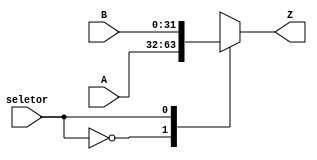
module Mux2_32bits(A,B,Z,seletor);

input [31:0] A,B;
input seletor;
output reg [31:0] Z;

always@(*)
	begin
		case(seletor)
			1'b0: Z=A;
			1'b1: Z=B;
			default: Z=32'd0;
		endcase
	end
endmodule